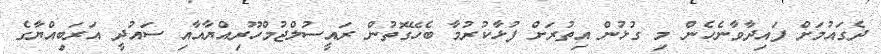
ދެގައުމަށް ފައިދާވާނެހެން މި ގުޅުން އިތުރަށް ފުޅާކުރުމާ ބެހޭގޮތުން ރައީސުލްޖުމްހޫރިއްޔާއާއި ސައުދީ އަރަބިއްޔާގެ